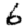
Digit: 6